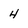
Character: 4